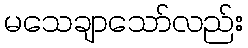
မသေချာသော်လည်း